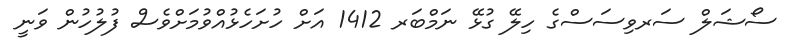
ސޯޝަލް ސަރވިސަސްގެ ހިލޭ ގުޅޭ ނަމްބަރ 1412 އަށް ހުށަހެޅުއްވުމަށްވެސް ފުލުހުން ވަނީ